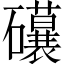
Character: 𥗨